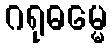
ဂရုဓမ္မေ